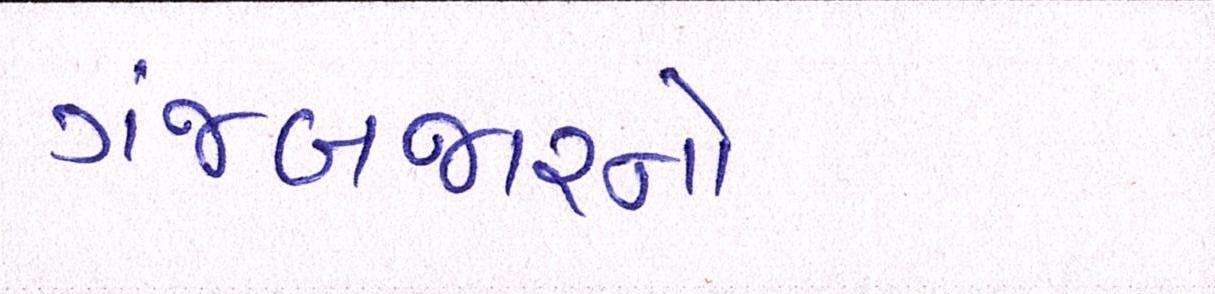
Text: ગંજબજારનો